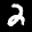
Label: 2